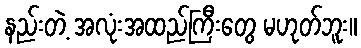
နည်းတဲ့ အလုံးအထည်ကြီးတွေ မဟုတ်ဘူး။